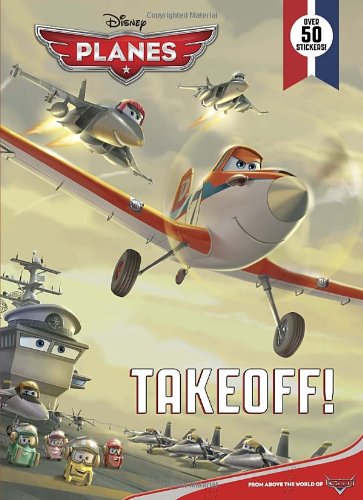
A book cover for Takeoff! (Disney Planes) (Super Coloring Book); Cynthia Hands; Children's Books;